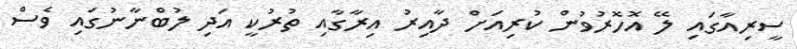
ސީރިއާގައި ލޭ އޮހޮރުވުން ކުރިއަށް ދާއިރު އިރާގާއި ތުރުކީ އަދި ލުބްނާނުގައި ވެސް